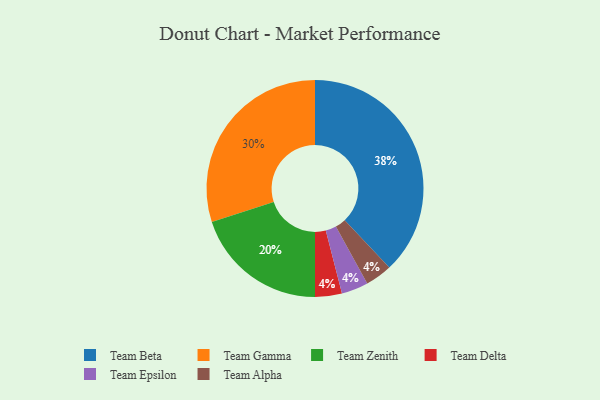
{"axis": {"x": "Category", "y": "Percentage"}, "legend": ["Team Alpha", "Team Beta", "Team Delta", "Team Epsilon", "Team Gamma", "Team Zenith"], "data": [{"x": "Team Beta", "y": 38, "type": "Team Beta"}, {"x": "Team Delta", "y": 4, "type": "Team Delta"}, {"x": "Team Epsilon", "y": 4, "type": "Team Epsilon"}, {"x": "Team Gamma", "y": 30, "type": "Team Gamma"}, {"x": "Team Zenith", "y": 20, "type": "Team Zenith"}, {"x": "Team Alpha", "y": 4, "type": "Team Alpha"}]}